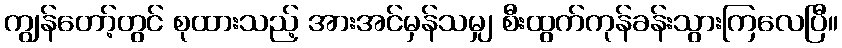
ကျွန်တော့်တွင် စုထားသည့် အားအင်မှန်သမျှ စီးထွက်ကုန်ခန်းသွားကြလေပြီ။